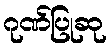
ဂုဏ်ပြုဆု